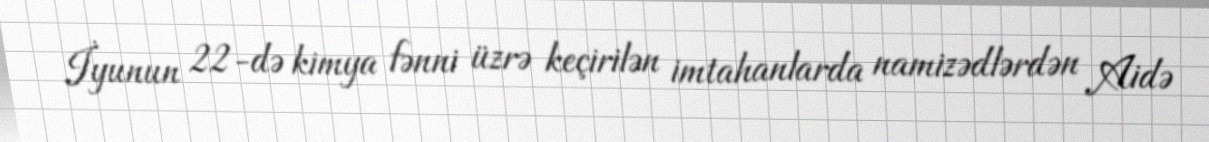
İyunun 22-də kimya fənni üzrə keçirilən imtahanlarda namizədlərdən Aidə